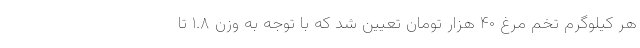
هر کیلوگرم تخم مرغ ۴۰ هزار تومان تعیین شد که با توجه به وزن ۱.۸ تا